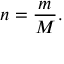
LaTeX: n = { \frac { m } { M } } .